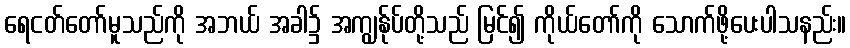
ရေငတ်တော်မူသည်ကို အဘယ် အခါ၌ အကျွန်ုပ်တို့သည် မြင်၍ ကိုယ်တော်ကို သောက်ဖို့ပေးပါသနည်း။